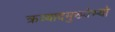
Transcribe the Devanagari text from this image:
क्रव्यादमुख्येभ्यो